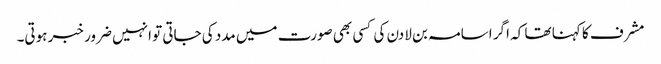
مشرف کا کہنا تھا کہ اگر اسامہ بن لادن کی کسی بھی صورت میں مدد کی جاتی تو انہیں ضرور خبر ہوتی۔